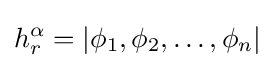
h_{r}^{\alpha }=|\phi _{1},\phi _{2},\dots ,\phi _{n}|